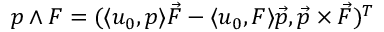
\begin{array} { r } { p \wedge F = ( \langle u _ { 0 } , p \rangle \vec { F } - \langle u _ { 0 } , F \rangle \vec { p } , \vec { p } \times \vec { F } ) ^ { T } } \end{array}